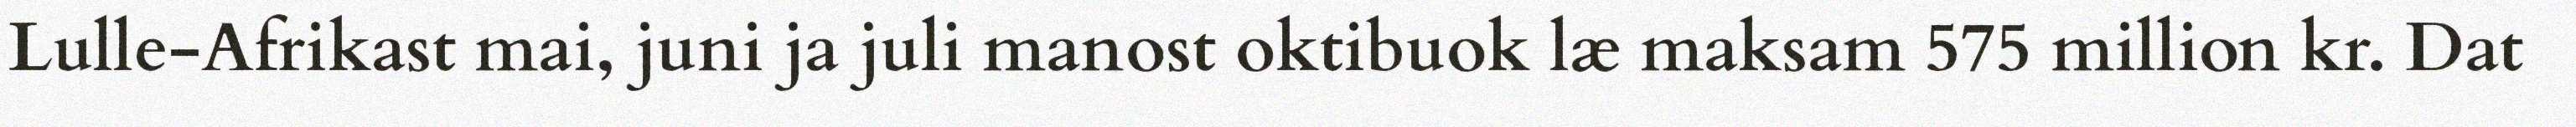
Lulle-Afrikast mai, juni ja juli manost oktibuok læ maksam 575 million kr. Dat